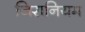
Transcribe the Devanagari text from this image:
जिरानियम